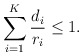
\begin{align*} \sum_{i=1}^K\frac{d_i}{r_i}\leq 1.\end{align*}